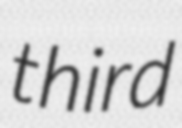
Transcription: third